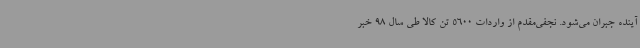
آینده جبران می‌شود. نجفی‌مقدم از واردات 5600 تن کالا طی سال 98 خبر